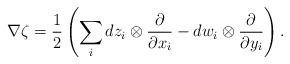
LaTeX: \begin{align*} \nabla \zeta = \frac{1}{2}\left(\sum_i dz_i\otimes \frac{\partial}{\partial x_i}- dw_i\otimes \frac{\partial}{\partial y_i}\right).\end{align*}